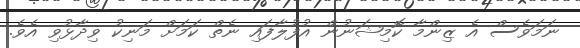
ނަމަވެސް އެ ޒިންމާ ކޮމިޝަނުން އުފުލާފައި ނެތް ކަމަށް މަނިކު ވިދާޅުވި އެވެ.